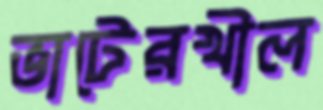
ভাটেরখীল